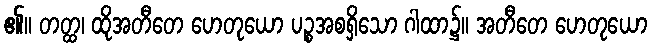
၏။ တတ္ထ၊ ထိုအတီတေ ဟေတုယော ပဉ္စအစရှိသော ဂါထာ၌။ အတီတေ ဟေတုယော